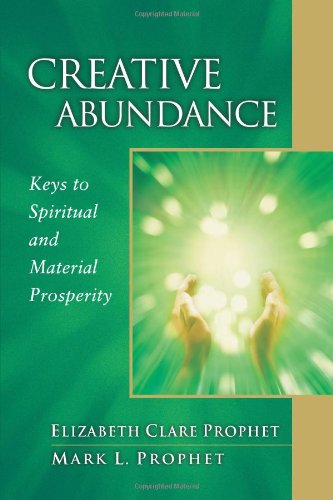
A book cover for Creative Abundance: Keys to Spiritual and Material Prosperity (Pocket Guides to Practical Spirituality); Elizabeth Clare Prophet; Religion & Spirituality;